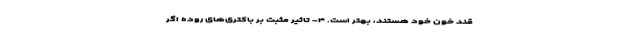
قند خون خود هستند، بهتر است. ۴- تاثیر مثبت بر باکتری‌های روده اگر